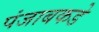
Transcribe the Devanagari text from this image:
पंजाबकडे